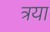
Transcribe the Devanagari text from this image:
त्रया